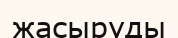
жасыруды